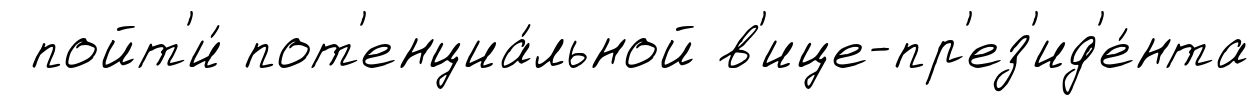
пойт'и́ пот'енциа́льной в'ице-пр'ез'ид'е́нта